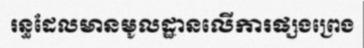
រន្ធដែលមានមូលដ្ឋានលើការផ្សងព្រេង